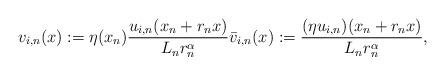
LaTeX: \begin{align*} v_{i,n}(x) := \eta(x_n) \frac{u_{i,n}(x_n + r_n x)}{L_n r_n^{\alpha}} \bar{v}_{i,n}(x) := \frac{(\eta u_{i,n})(x_n + r_n x)}{L_n r_n^{\alpha}},\end{align*}